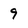
Character: 9